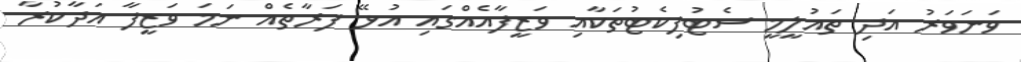
ވަނަވަރު އަދި ތައުލީމީ ސެޓުފިކެޓުތަކާއި ވަޒީފާއެއްގައި އުޅޭ ފަރާތެއް ނަމަ ވަޒީފާ އަދާކުރާ